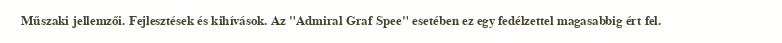
Műszaki jellemzői. Fejlesztések és kihívások. Az "Admiral Graf Spee" esetében ez egy fedélzettel magasabbig ért fel.